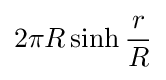
2\pi R\sinh {\frac {r}{R}}